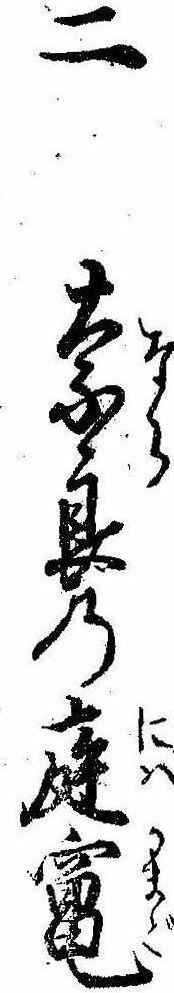
二奈良の庭竃